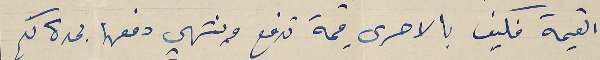
القيمة فكيف بالاحرى قيمة تدفع ونتهي دفعها بمدة كم